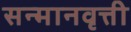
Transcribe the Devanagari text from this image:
सन्मानवृत्ती